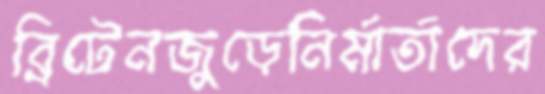
ব্রিটেনজুড়েনির্মার্তাদের